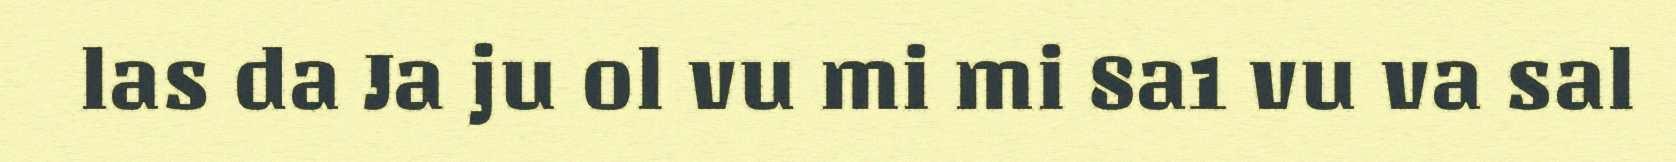
las da Ja ju ol vu mi mi 8a1 vu va sal